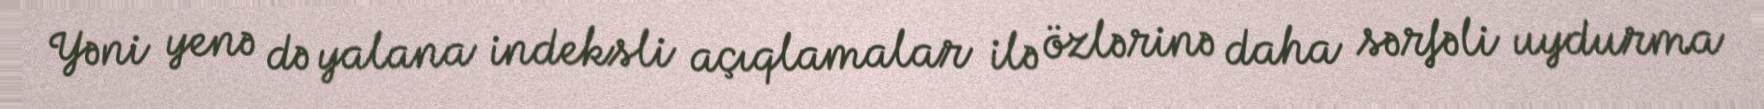
Yəni yenə də yalana indeksli açıqlamalar ilə özlərinə daha sərfəli uydurma